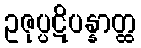
ဥဇုပ္ပဋိပန္နာတ္ထ